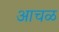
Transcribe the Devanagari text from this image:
आचळ